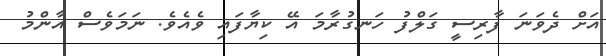
އަށް ދެވަނަ ފާރިސީ ގަލްފު ހަނގުރާމަ އޭ ކިޔާފައި ވެއެވެ. ނަމަވެސް އާންމު